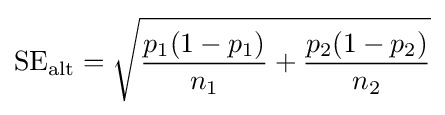
{\text{SE}}_{\text{alt}}={\sqrt {{\frac {p_{1}(1-p_{1})}{n_{1}}}+{\frac {p_{2}(1-p_{2})}{n_{2}}}}}